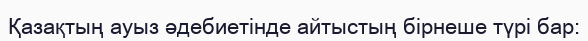
Қазақтың ауыз әдебиетінде айтыстың бірнеше түрі бар: